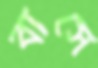
বাসে